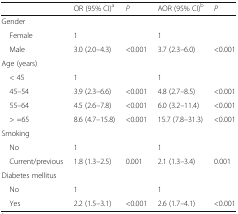
<table><thead><tr><td></td><td><b>OR (95% CI)<sup>a</sup></b></td><td><b><i>P</i></b></td><td><b>AOR (95% CI)<sup>b</sup></b></td><td><b><i>P</i></b></td></tr></thead><tbody><tr><td colspan="5">Gender</td></tr><tr><td> Female</td><td>1</td><td></td><td>1</td><td></td></tr><tr><td> Male</td><td>3.0 (2.0–4.3)</td><td>&lt;0.001</td><td>3.7 (2.3–6.0)</td><td>&lt;0.001</td></tr><tr><td colspan="5">Age (years)</td></tr><tr><td> &lt; 45</td><td>1</td><td></td><td>1</td><td></td></tr><tr><td> 45–54</td><td>3.9 (2.3–6.6)</td><td>&lt;0.001</td><td>4.8 (2.7–8.5)</td><td>&lt;0.001</td></tr><tr><td> 55–64</td><td>4.5 (2.6–7.8)</td><td>&lt;0.001</td><td>6.0 (3.2–11.4)</td><td>&lt;0.001</td></tr><tr><td> &gt; =65</td><td>8.6 (4.7–15.8)</td><td>&lt;0.001</td><td>15.7 (7.8–31.3)</td><td>&lt;0.001</td></tr><tr><td colspan="5">Smoking</td></tr><tr><td> No</td><td>1</td><td></td><td>1</td><td></td></tr><tr><td> Current/previous</td><td>1.8 (1.3–2.5)</td><td>0.001</td><td>2.1 (1.3–3.4)</td><td>0.001</td></tr><tr><td colspan="5">Diabetes mellitus</td></tr><tr><td> No</td><td>1</td><td></td><td>1</td><td></td></tr><tr><td> Yes</td><td>2.2 (1.5–3.1)</td><td>&lt;0.001</td><td>2.6 (1.7–4.1)</td><td>&lt;0.001</td></tr></tbody></table>